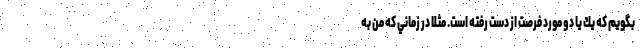
بگويم كه يك يا دو مورد فرصت از دست رفته است. مثلا در زماني كه من به